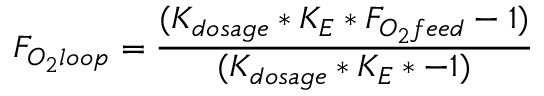
F _ { O _ { 2 } l o o p } = { \frac { ( K _ { d o s a g e } * K _ { E } * F _ { O _ { 2 } f e e d } - 1 ) } { ( K _ { d o s a g e } * K _ { E } * - 1 ) } }